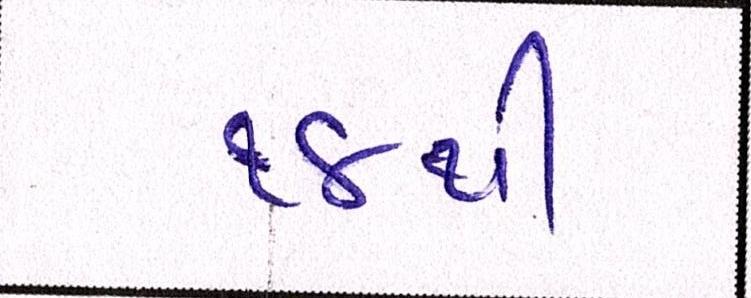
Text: ૧૪થી